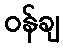
ဝန်ချ